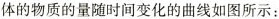
体的物质的量随时间变化的曲线如图所示：